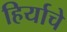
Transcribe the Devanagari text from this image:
हिर्याचे